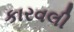
કારવલી